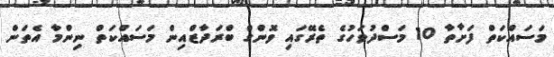
މަސައްކަތް ފަށާތާ 10 މަސްދުވަހުގެ ތެރޭގައި ވޮންގް ބްރަދާޒްއިން މަސައްކަތް ނިންމާ އެތަން